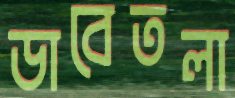
ডাবেতলা